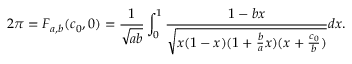
2 \pi = F _ { a , b } ( c _ { 0 } , 0 ) = \frac { 1 } { \sqrt { a b } } \int _ { 0 } ^ { 1 } \frac { 1 - b x } { \sqrt { x ( 1 - x ) ( 1 + \frac { b } { a } x ) ( x + \frac { c _ { 0 } } { b } ) } } d x .